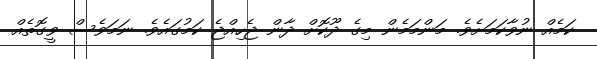
ކަމެއް ނުވާކަމަށެވެ. މަންމަމެން މިގެ ދޫކޮށް ދާން ޖެހިއްޖެ ކަމުގައެވެ. ނަމަވެސް ވީގޮތެއް